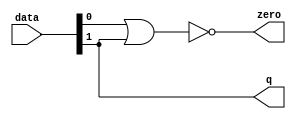
module  float_add_sub_altpriority_encoder_3e8
	(
	data,
	q,
	zero) ;
	input   [1:0]  data;
	output   [0:0]  q;
	output   zero;
	assign
		q = {data[1]},
		zero = (~ (data[0] | data[1]));
endmodule